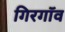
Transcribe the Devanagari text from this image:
गिरगॉव